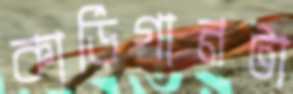
কার্ডিগানটা